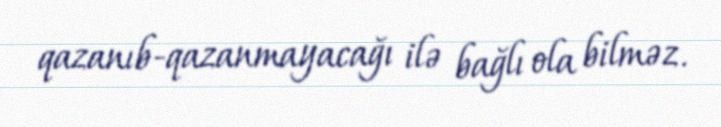
qazanıb-qazanmayacağı ilə bağlı ola bilməz.